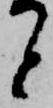
と